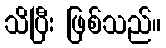
သိပြီး ဖြစ်သည်။